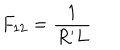
F _ { 1 2 } = \frac { 1 } { R ^ { \prime } L }